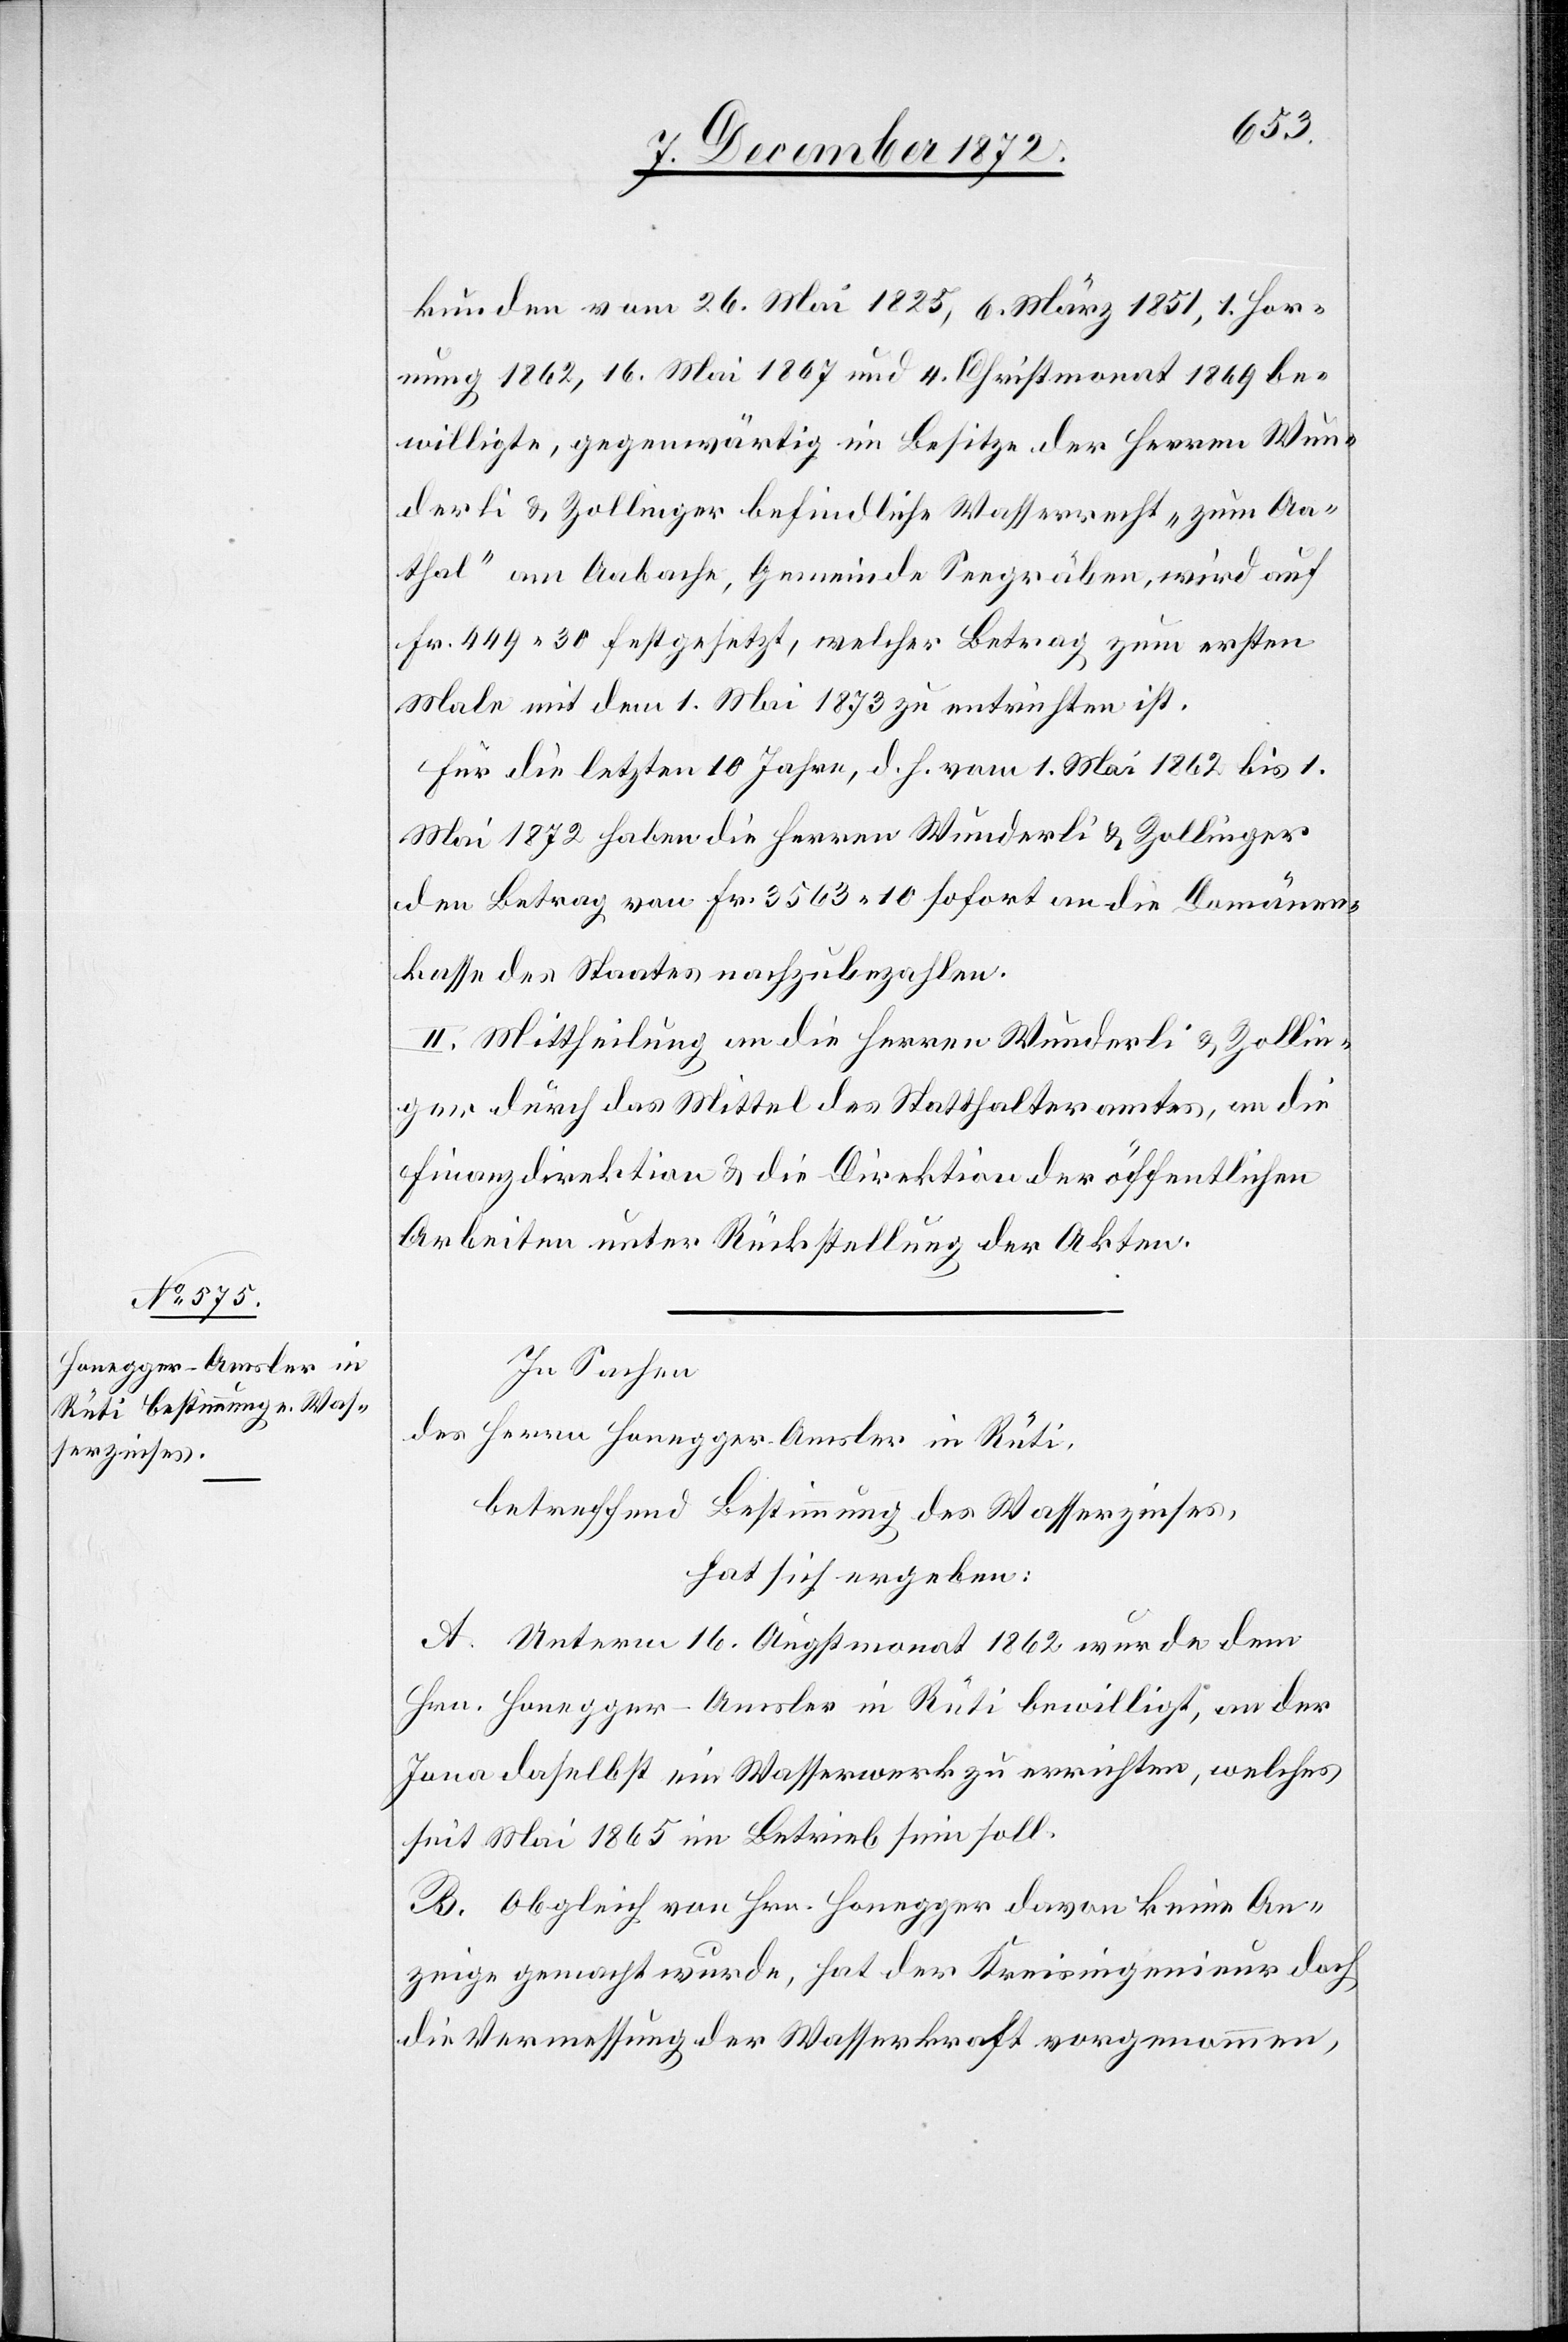
kunden vom 26. Mai 1825, 6. März 1851, 1. Hor¬
nung 1862, 16. Mai 1867 und 4. Christmonat 1869 be¬
willigte, gegenwärtig im Besitze der Herren Wun¬
derli u. Zollinger befindliche Wasserrecht „zum Aa¬
thal“ am Aabache, Gemeinde Seegräben, wird auf
Fr. 449 30 festgesetzt, welcher Betrag zum ersten
Male mit dem 1. Mai 1873 zu entrichten ist.
Für die letzten 10 Jahre, d. h. vom 1. Mai 1862 bis 1.
Mai 1872 haben die Herren Wunderli u. Zollinger
den Betrag von Fr. 3563 10 sofort an die Domänen¬
kasse des Staates nachzubezahlen.
II. Mittheilung an die Herren Wunderli u. Zollin¬
ger durch das Mittel des Statthalteramtes, an die
Finanzdirektion u. die Direktion der öffentlichen
Arbeiten unter Rückstellung der Akten.
In Sachen
des Herrn Honegger-Amsler in Rüti,
betreffend Bestimmung des Wasserzinses,
hat sich ergeben:
A. Unterm 16. Augstmonat 1862 wurde dem
Hrn. Honegger-Amsler in Rüti bewilligt, an der
Jona daselbst ein Wasserwerk zu errichten, welches
seit Mai 1865 im Betrieb sein soll.
B. Obgleich von Hrn. Honegger davon keine An¬
zeige gemacht wurde, hat der Kreisingenieur doch
die Vermessung der Wasserkraft vorgenommen,